Civil Veterinary Department. Central Provinces & Berar 1932-41 - 1932-1941
Year: 1932
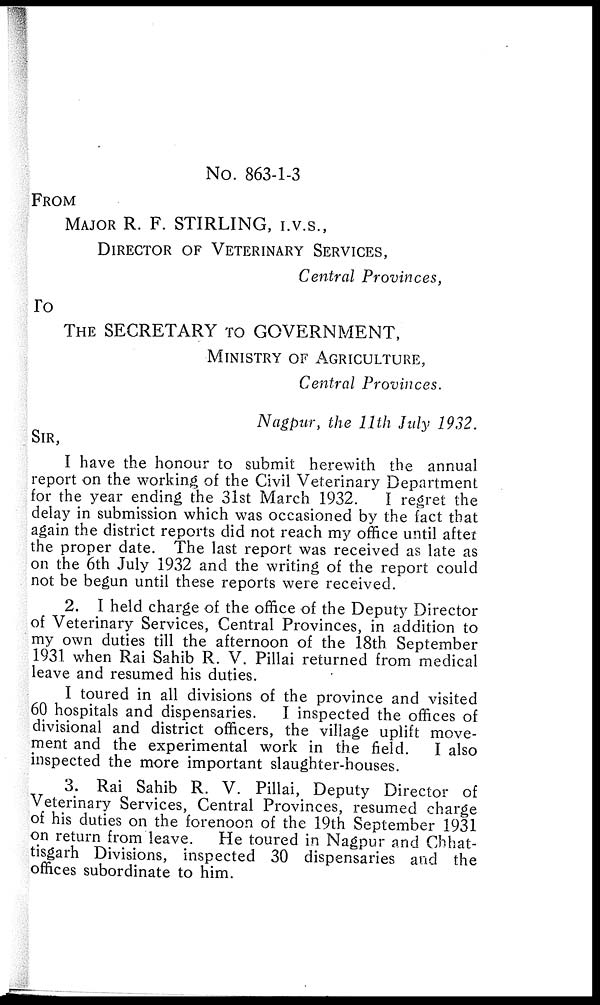
No. 863-1-3
FROM
MAJOR R. F. STIRLING, I.V.S.,
DIRECTOR OF VETERINARY SERVICES,
Central Provinces,
To
THE SECRETARY TO GOVERNMENT,
MINISTRY OF AGRICULTURE,
Central Provinces.
Nagpur, the 11th July 1932.
SIR,
I have the honour to submit herewith the annual
report on the working of the Civil Veterinary Department
for the year ending the 31st March 1932.
I regret the
delay in submission which was occasioned by the fact that
again the district reports did not reach my office until after
the proper date. The last report was received as late as
on the 6th July 1932 and the writing of the report could
not be begun until these reports were received.
2. I held charge of the office of the Deputy Director
of Veterinary Services, Central Provinces, in addition to
my own duties till the afternoon of the 18th September
1931 when Rai Sahib R. V. Pillai returned from medical
leave and resumed his duties.
I toured in all divisions of the province and visited
60 hospitals and dispensaries.
I inspected the offices of
divisional and district officers, the village uplift move-
ment and the experimental work in the field. I also
inspected the more important slaughter-houses.
3. Rai Sahib R. V. Pillai, Deputy Director of
Veterinary Services, Central Provinces, resumed charge
of his duties on the forenoon of the 19th September 1931
on return from leave. He toured in Nagpur and Chhat-
tisgarh Divisions, inspected 30 dispensaries and the
offices subordinate to him.